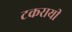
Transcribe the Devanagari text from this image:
टकरायी